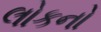
લોકનો